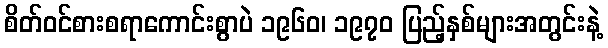
စိတ်ဝင်စားစရာကောင်းစွာပဲ ၁၉၆၀၊ ၁၉၇၀ ပြည့်နှစ်များအတွင်းနဲ့